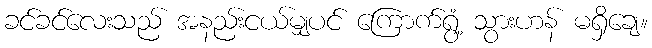
ခင်ခင်လေးသည် အနည်းငယ်မျှပင် ကြောက်ရွံ့ သွားဟန် မရှိချေ။